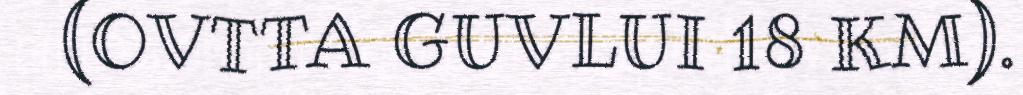
(OVTTA GUVLUI 18 KM).